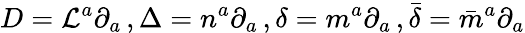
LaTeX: D=\mathcal{L}^{a}\partial_{a}\, ,\Delta=n^{a}\partial_{a}\, ,\delta=m^{a}\partial_{a}\, ,{\bar{{\delta}}}={\bar{{m}}}^{a}\partial_{a}